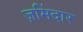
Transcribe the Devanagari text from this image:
ज़मिंदार